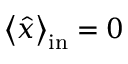
\left\langle \hat { x } \right\rangle _ { \mathrm { i n } } = 0